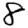
Digit: 8